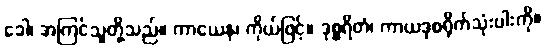
ခေါ၊ အကြင်သူတို့သည်။ ကာယေန၊ ကိုယ်ဖြင့်။ ဒုစ္စရိတံ၊ ကာယဒုစရိုက်သုံးပါးကို။